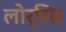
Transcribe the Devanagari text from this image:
लोर्रिस